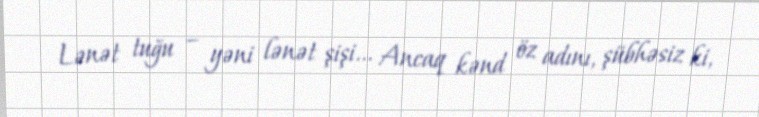
Lənət tuğu – yəni lənət şişi... Ancaq kənd öz adını, şübhəsiz ki,